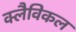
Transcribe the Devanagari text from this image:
क्लैविकल